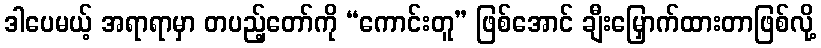
ဒါပေမယ့် အရာရာမှာ တပည့်တော်ကို “ကောင်းတူ” ဖြစ်အောင် ချီးမြှောက်ထားတာဖြစ်လို့